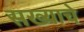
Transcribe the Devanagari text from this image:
सख्याचे